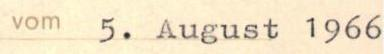
vom 5. August 1966